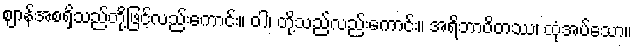
ဈာန်အစရှိသည်တို့ဖြင့်လည်းကောင်း။ ဝါ၊ တို့သည်လည်းကောင်း။ အရိဘာဝိတဿ၊ ထုံအပ်သော။